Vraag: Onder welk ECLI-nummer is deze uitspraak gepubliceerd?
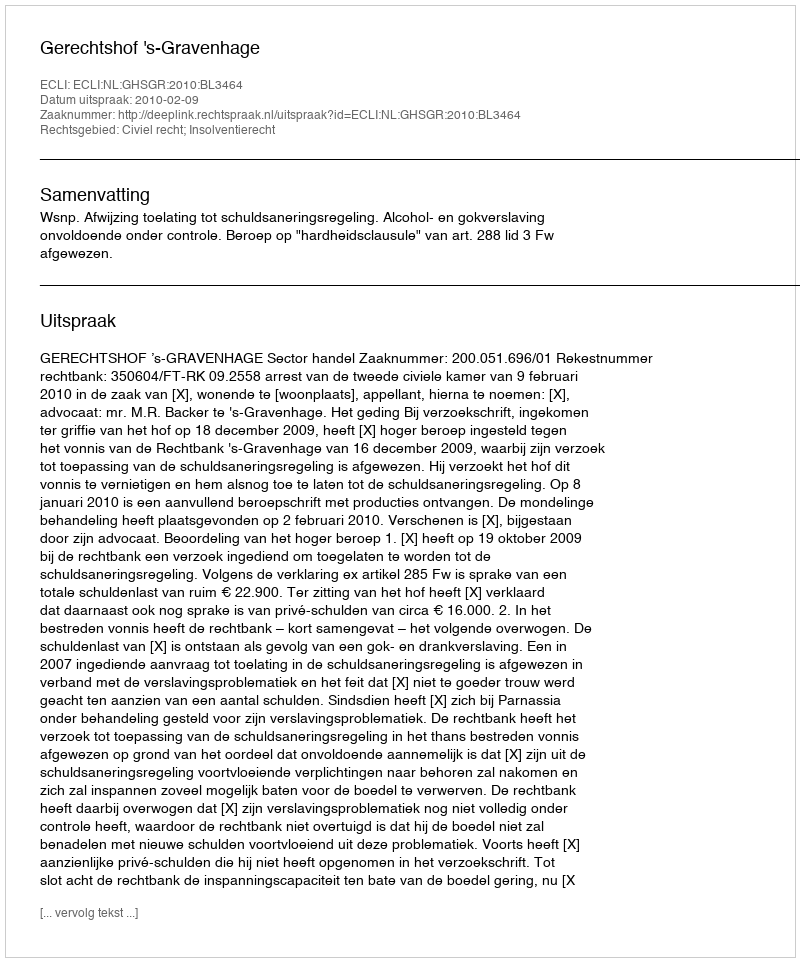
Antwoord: ECLI:NL:GHSGR:2010:BL3464